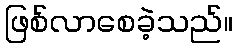
ဖြစ်လာစေခဲ့သည်။